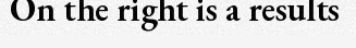
On the right is a results